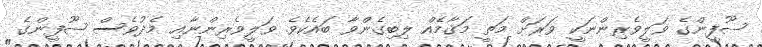
ޞޫފީންގެ ވަލީވެރިންނަކީ ވަރަށް މަތީ މަޤާމެއް ލިބިގެންވާ ބައެކެވެ. ވަލީވެރިންނާއި މެދުވެސް ޞޫފީންގެ